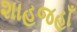
શાહજહાઁ